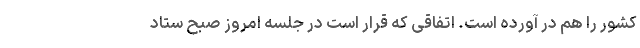
کشور را هم در آورده است. اتفاقی که قرار است در جلسه امروز صبح ستاد